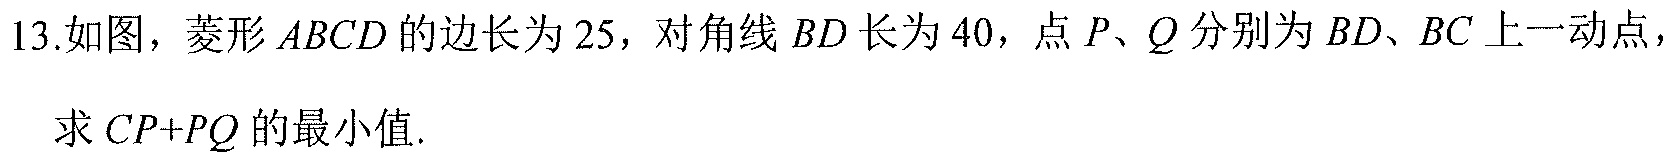
13.如图，菱形\(ABCD\)的边长为\(25\)，对角线\(BD\)长为\(40\)，点\(P、Q\)分别为\(BD、BC\)上一动点，
求\(CP + PQ\)的最小值.